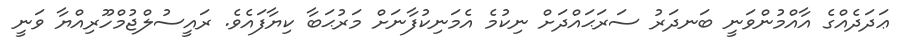
ޢަދަދެއްގެ އާއްމުންވަނީ ބަނދަރު ސަރަޙައްދަށް ނިކުމެ އެމަނިކުފާނަށް މަރުޙަބާ ކިޔާފައެވެ. ރައީސުލްޖުމްހޫރިއްޔާ ވަނީ